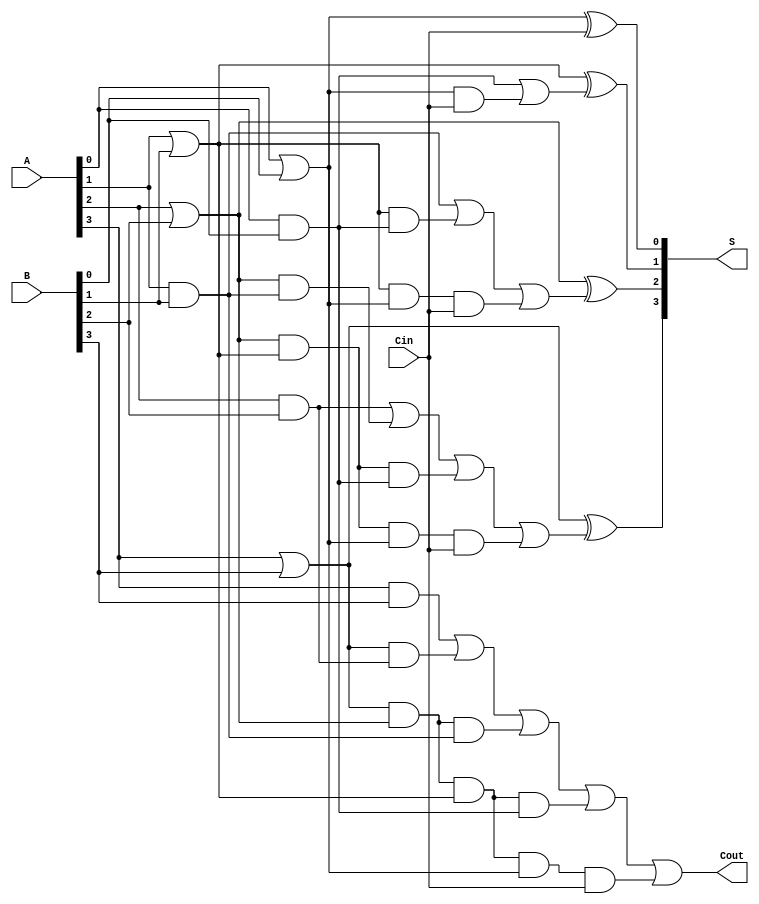
module CLA_4bit (
    input  [3:0] A,    // 4-bit input A
    input  [3:0] B,    // 4-bit input B
    input        Cin,   // Carry input
    output [3:0] S,    // 4-bit sum output
    output       Cout   // Carry output
);

    // Generate and Propagate signals
    wire G0, G1, G2, G3;
    wire P0, P1, P2, P3;

    assign G0 = A[0] & B[0];
    assign G1 = A[1] & B[1];
    assign G2 = A[2] & B[2];
    assign G3 = A[3] & B[3];

    assign P0 = A[0] | B[0];
    assign P1 = A[1] | B[1];
    assign P2 = A[2] | B[2];
    assign P3 = A[3] | B[3];

    // Carry signals
    wire C1, C2, C3, C4;

    assign C1 = G0 | (P0 & Cin);
    assign C2 = G1 | (P1 & G0) | (P1 & P0 & Cin);
    assign C3 = G2 | (P2 & G1) | (P2 & P1 & G0) | (P2 & P1 & P0 & Cin);
    assign Cout = G3 | (P3 & G2) | (P3 & P2 & G1) | (P3 & P2 & P1 & G0) | (P3 & P2 & P1 & P0 & Cin);

    // Sum outputs
    assign S[0] = P0 ^ Cin;
    assign S[1] = P1 ^ C1;
    assign S[2] = P2 ^ C2;
    assign S[3] = P3 ^ C3;

endmodule